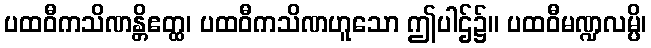
ပထဝီကသိဏန္တိဧတ္ထ၊ ပထဝီကသိဏဟူသော ဤပါဌ်၌။ ပထဝီမဏ္ဍလမ္ပိ၊